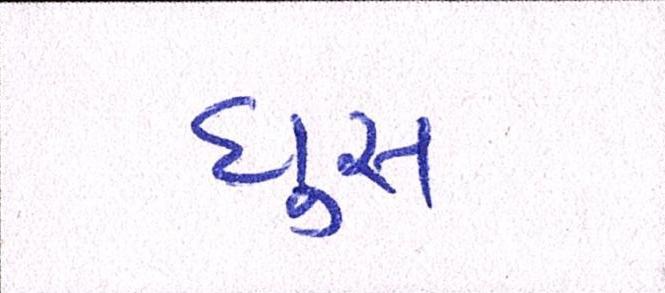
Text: ઘુસ